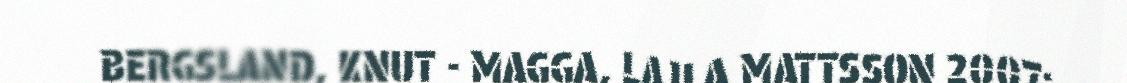
BERGSLAND, KNUT - MAGGA, LAJLA MATTSSON 2007: